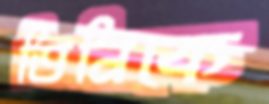
তিনিকে